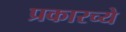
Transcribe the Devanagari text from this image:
प्रकारच्ये